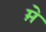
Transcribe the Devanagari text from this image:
म़े